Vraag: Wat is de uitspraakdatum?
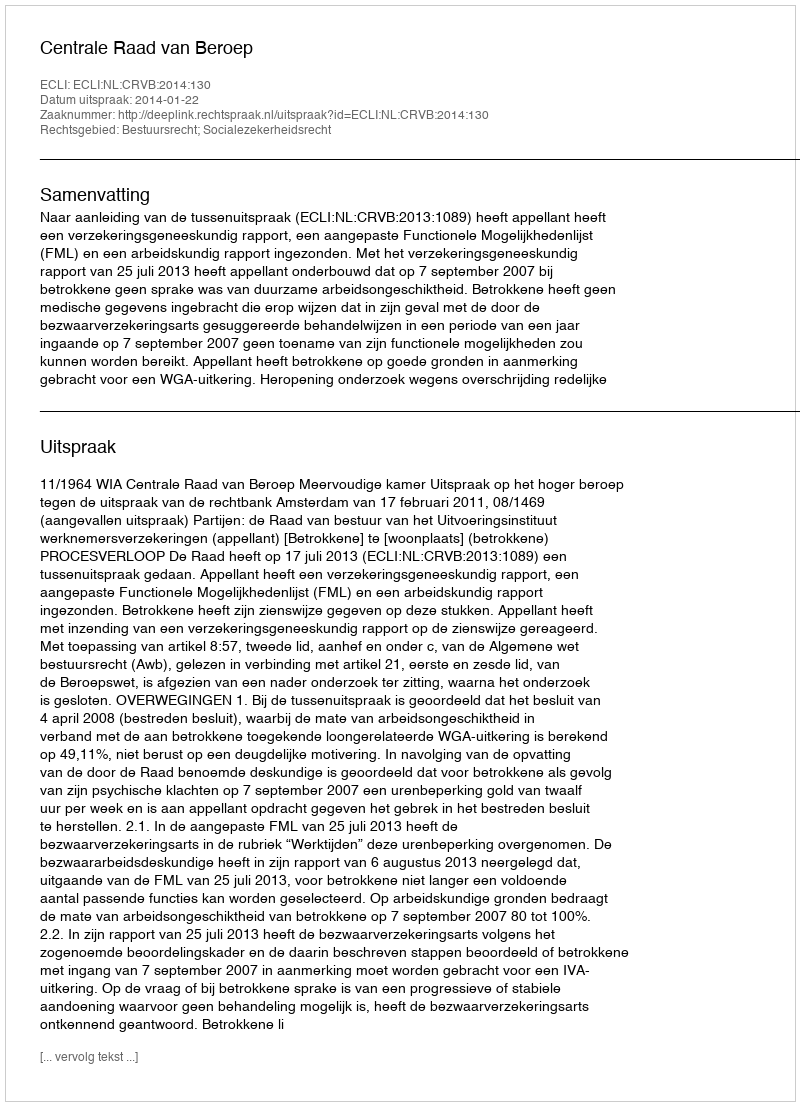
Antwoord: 2014-01-22